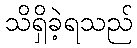
သိရှိခဲ့ရသည်